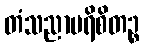
တံသညာပရိစိတဉ္စ